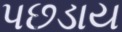
પછડાય